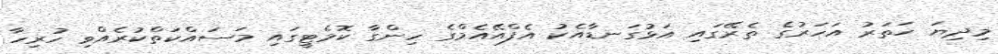
މިދިޔަ ހަތަރު އަހަރުގެ ތެރޭގައި އަޅުގަނޑާއެކު އެފްއޭއެމްގެ ހިންގާ ކޮމެޓީގައި މަސައްކަތްކުރެއްވި ހުރިހާ